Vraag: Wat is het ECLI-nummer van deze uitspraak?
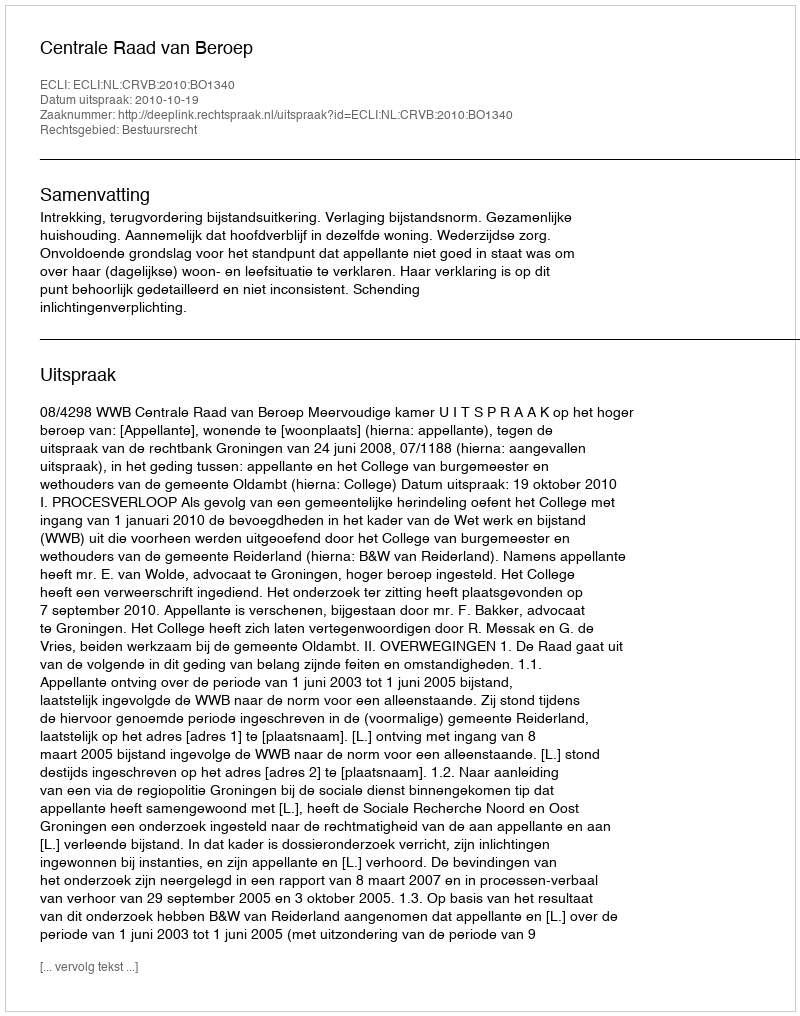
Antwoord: ECLI:NL:CRVB:2010:BO1340